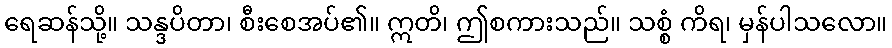
ရေဆန်သို့။ သန္ဒပိတာ၊ စီးစေအပ်၏။ ဣတိ၊ ဤစကားသည်။ သစ္စံ ကိရ၊ မှန်ပါသလော။